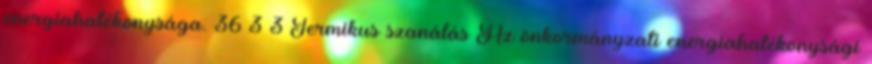
energiahatékonysága. 36 3 3 Termikus szanálás Az önkormányzati energiahatékonysági